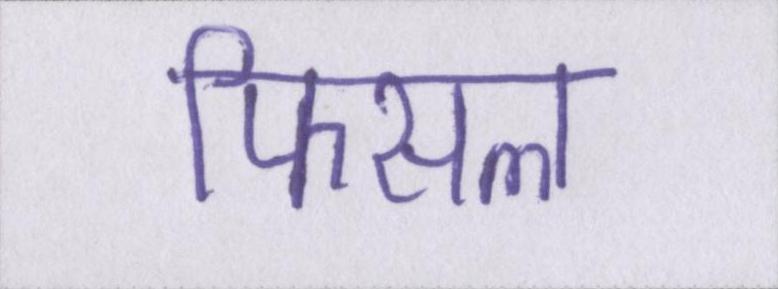
फिसल